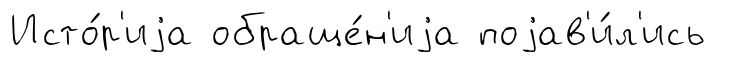
Исто́р'иjа обраще́н'иjа поjав'и́л'ись